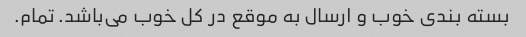
بسته بندی خوب و ارسال به موقع در کل خوب می‌باشد. تمام.